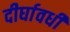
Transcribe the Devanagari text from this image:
दीर्घावधी